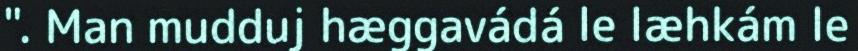
". Man mudduj hæggavádá le læhkám le